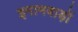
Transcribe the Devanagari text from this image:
इमामबाड़ों